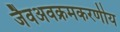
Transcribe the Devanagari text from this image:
जैवअवक्रमकरणीय